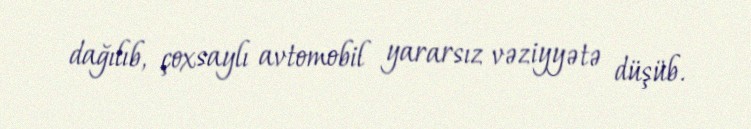
dağılıb, çoxsaylı avtomobil yararsız vəziyyətə düşüb.